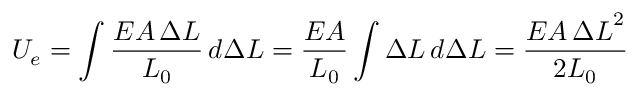
U _ { e } = \int { \frac { E A \, \Delta L } { L _ { 0 } } } \, d \Delta L = { \frac { E A } { L _ { 0 } } } \int \Delta L \, d \Delta L = { \frac { E A \, { \Delta L } ^ { 2 } } { 2 L _ { 0 } } }